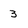
Character: 3